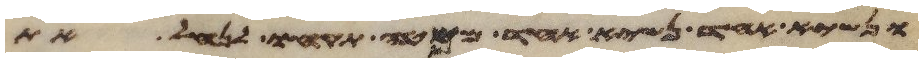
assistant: ונשיא אחד נשיא אחד ממטה תקחו לנחל את